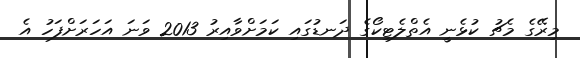
މިރޭގެ މެޗު ކުޅެނީ އެތްލެޓިކޯގެ ދަނޑުގައި ކަމަށްވާއިރު 2013 ވަނަ އަހަރަށްފަހު އެ